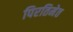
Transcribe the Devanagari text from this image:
पिरतिमेत